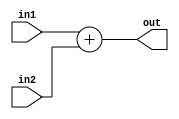
module adder_2in(in1,in2,out);
input wire [7:0] in1,in2;
output wire [8:0] out;

assign out = in1 + in2;

endmodule